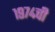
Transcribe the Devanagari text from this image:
१९७४ची